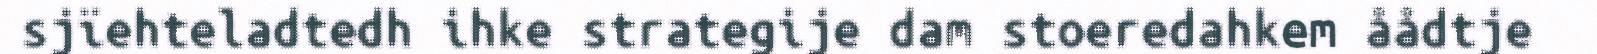
sjïehteladtedh ihke strategije dam stoeredahkem åådtje